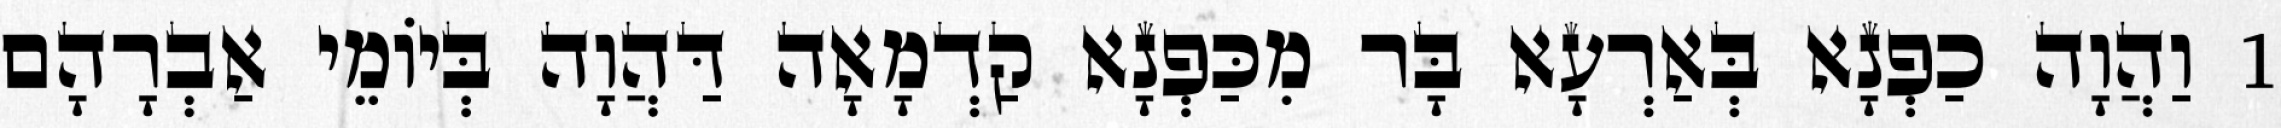
1 וַהֲוָה כַפְנָא בְּאַרְעָא בָּר מִכַּפְנָא קַדְמָאָה דַּהֲוָה בְּיוֹמֵי אַבְרָהָם